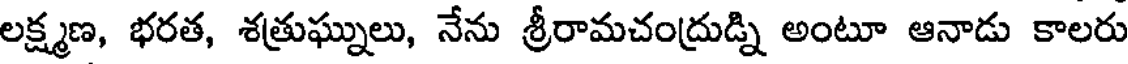
లక్ష్మణ, భరత, శత్రుఘ్నులు, నేను శ్రీరామచంద్రుడ్ని అంటూ ఆనాడు కాలరు